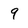
Character: 9